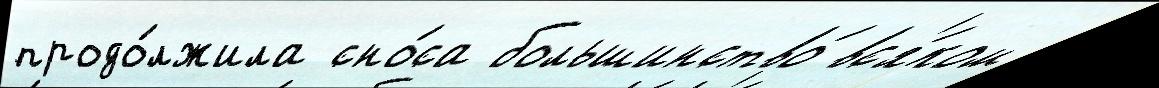
продо́лжила сно́са большинство́ вс'я́ком